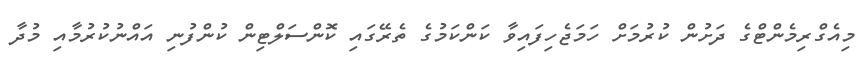
މިއެގްރިމެންޓްގެ ދަށުން ކުރުމަށް ހަމަޖެހިފައިވާ ކަންކަމުގެ ތެރޭގައި ކޮންސަލްޓިން ކުންފުނި އައްނުކުރުމާއި މުދާ